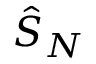
{ \hat { S } } _ { N }